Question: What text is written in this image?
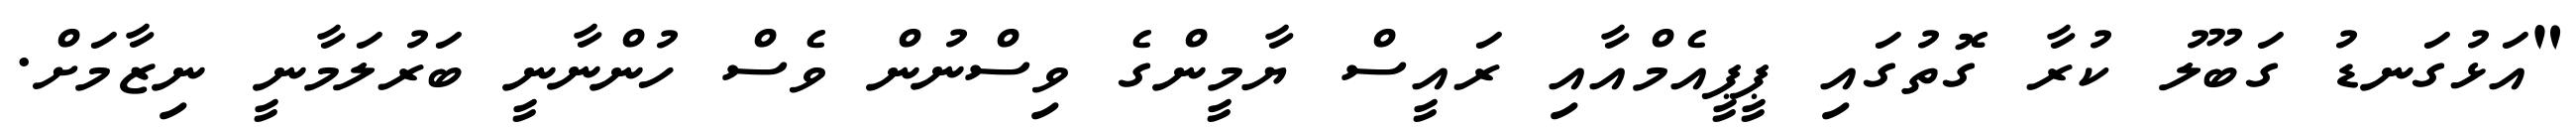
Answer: "އަޅުގަނޑު ގަބޫލު ކުރާ ގޮތުގައި ޕީޕީއެމްއާއި ރައީސް ޔާމީންގެ ވިސްނުން ވެސް ހުންނާނީ ބަރުލަމާނީ ނިޒާމަށް.